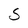
Character: S